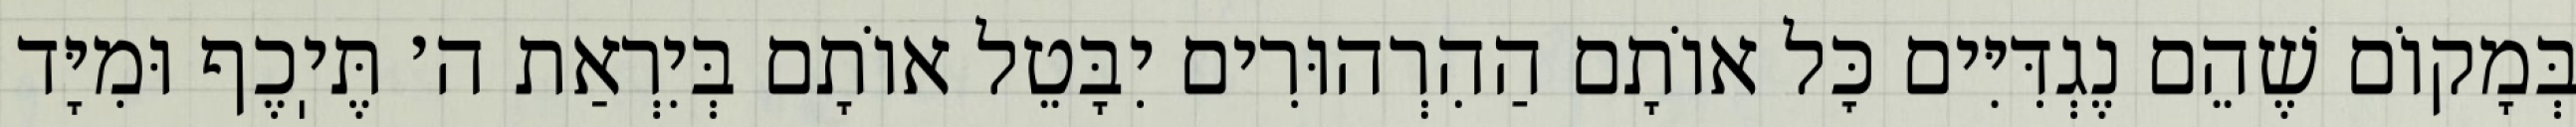
בְּמָקוֹם שֶׁהֵם נֶגְדִּיִּים כׇּל אוֹתָם הַהִרְהוּרִים יִבָּטֵל אוֹתָם בְּיִרְאַת ה׳ תֶּיֽכֶף וּמִיָּד